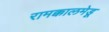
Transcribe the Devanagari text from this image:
रामक्कालमेडू